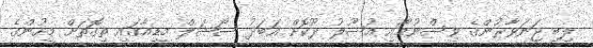
ލިިބި ޖަނަވާރުންގެ ވިސްނުމާއި އުސޫލު ދޫކޮށް އަބަދު ސޯޝަލް މީޑިއާގައި ތިގޮތަށް މީހުންގެ